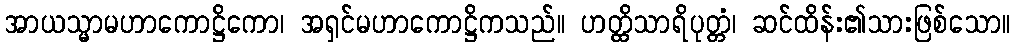
အာယသ္မာမဟာကောဋ္ဌိကော၊ အရှင်မဟာကောဋ္ဌိကသည်။ ဟတ္ထိသာရိပုတ္တံ၊ ဆင်ထိန်း၏သားဖြစ်သော။